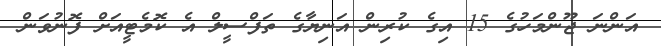
އަންނަ ޖޫންމަހުގެ 15 އިގެ ކުރިން އަނިޔާގެ ތަފްސީލް އެ ކޮމެޓީއަށް ފޮނުވަން